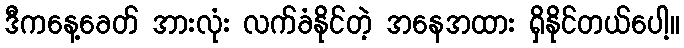
ဒီကနေ့ခေတ် အားလုံး လက်ခံနိုင်တဲ့ အနေအထား ရှိနိုင်တယ်ပေါ့။